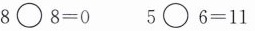
$$8 \circ 8 = 0$$ $$5 \circ 6 = 11$$